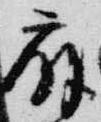
扇